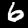
Digit: 6